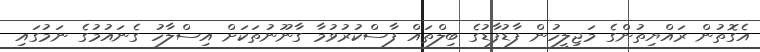
އެގޮތުން ރައްޔިތުންގެ މަޖިލީހުން ފާޑުފާޑުގެ ބިލްތައް ފާސްކުރުވުމާ ގާނޫނުތަކަށް އިސްލާހު ގެނައުމުގެ ނަމުގައި